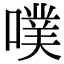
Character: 噗